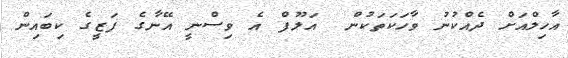
އާހިލްއަށް ދެއްކުނު ވާހަކަތަކުން  އަލޫފް އެ ވިސްނީ އޭނާގެ ފަޒީގެ ކިބައިން